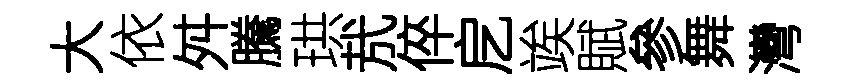
大依舛騰珙㢤倅戹竢賦參舞灣